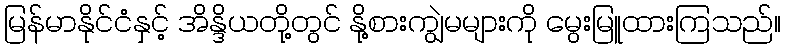
မြန်မာနိုင်ငံနှင့် အိန္ဒိယတို့တွင် နို့စားကျွဲမများကို မွေးမြူထားကြသည်။